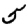
Digit: 5